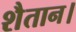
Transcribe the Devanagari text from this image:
शैतान।